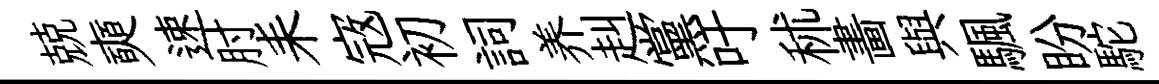
兢奭速肘耒𡨥初詞养赳黨吁秫畵與颿盼駝